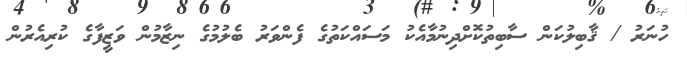
ހުނަރު / ޤާބިލުކަން ސާބިތުކޮށްދިނުމާއެކު މަސައްކަތުގެ ފެންވަރު ބެލުމުގެ ނިޒާމުން ވަޒީފާގެ ކުރިއެރުން